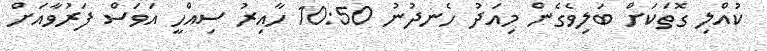
ކުއްލި ގޮތަކަށް ބަލިވެގެން މިއަދު ހެނދުނު 10:50 ހާއިރު ސިއްހީ އަވަސް ފަރުވާއަށް